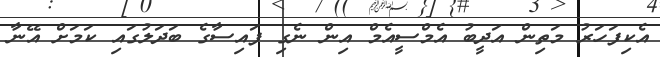
އެކިފަހަރު މަތިން އަދީބު އެމްސީއެމް އިން ނެގި ފައިސާގެ ބަދަލުގައި ކަމަށް އޭނާ